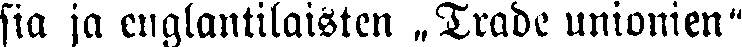
sia ja englantilaisten „Trade unionien"